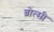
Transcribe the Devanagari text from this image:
ब्रोत्सी